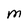
Character: M